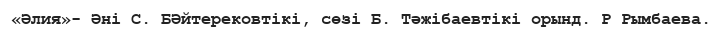
«Әлия»- Әні С. БӘйтерековтікі, сөзі Б. Тәжібаевтікі орынд. Р Рымбаева.